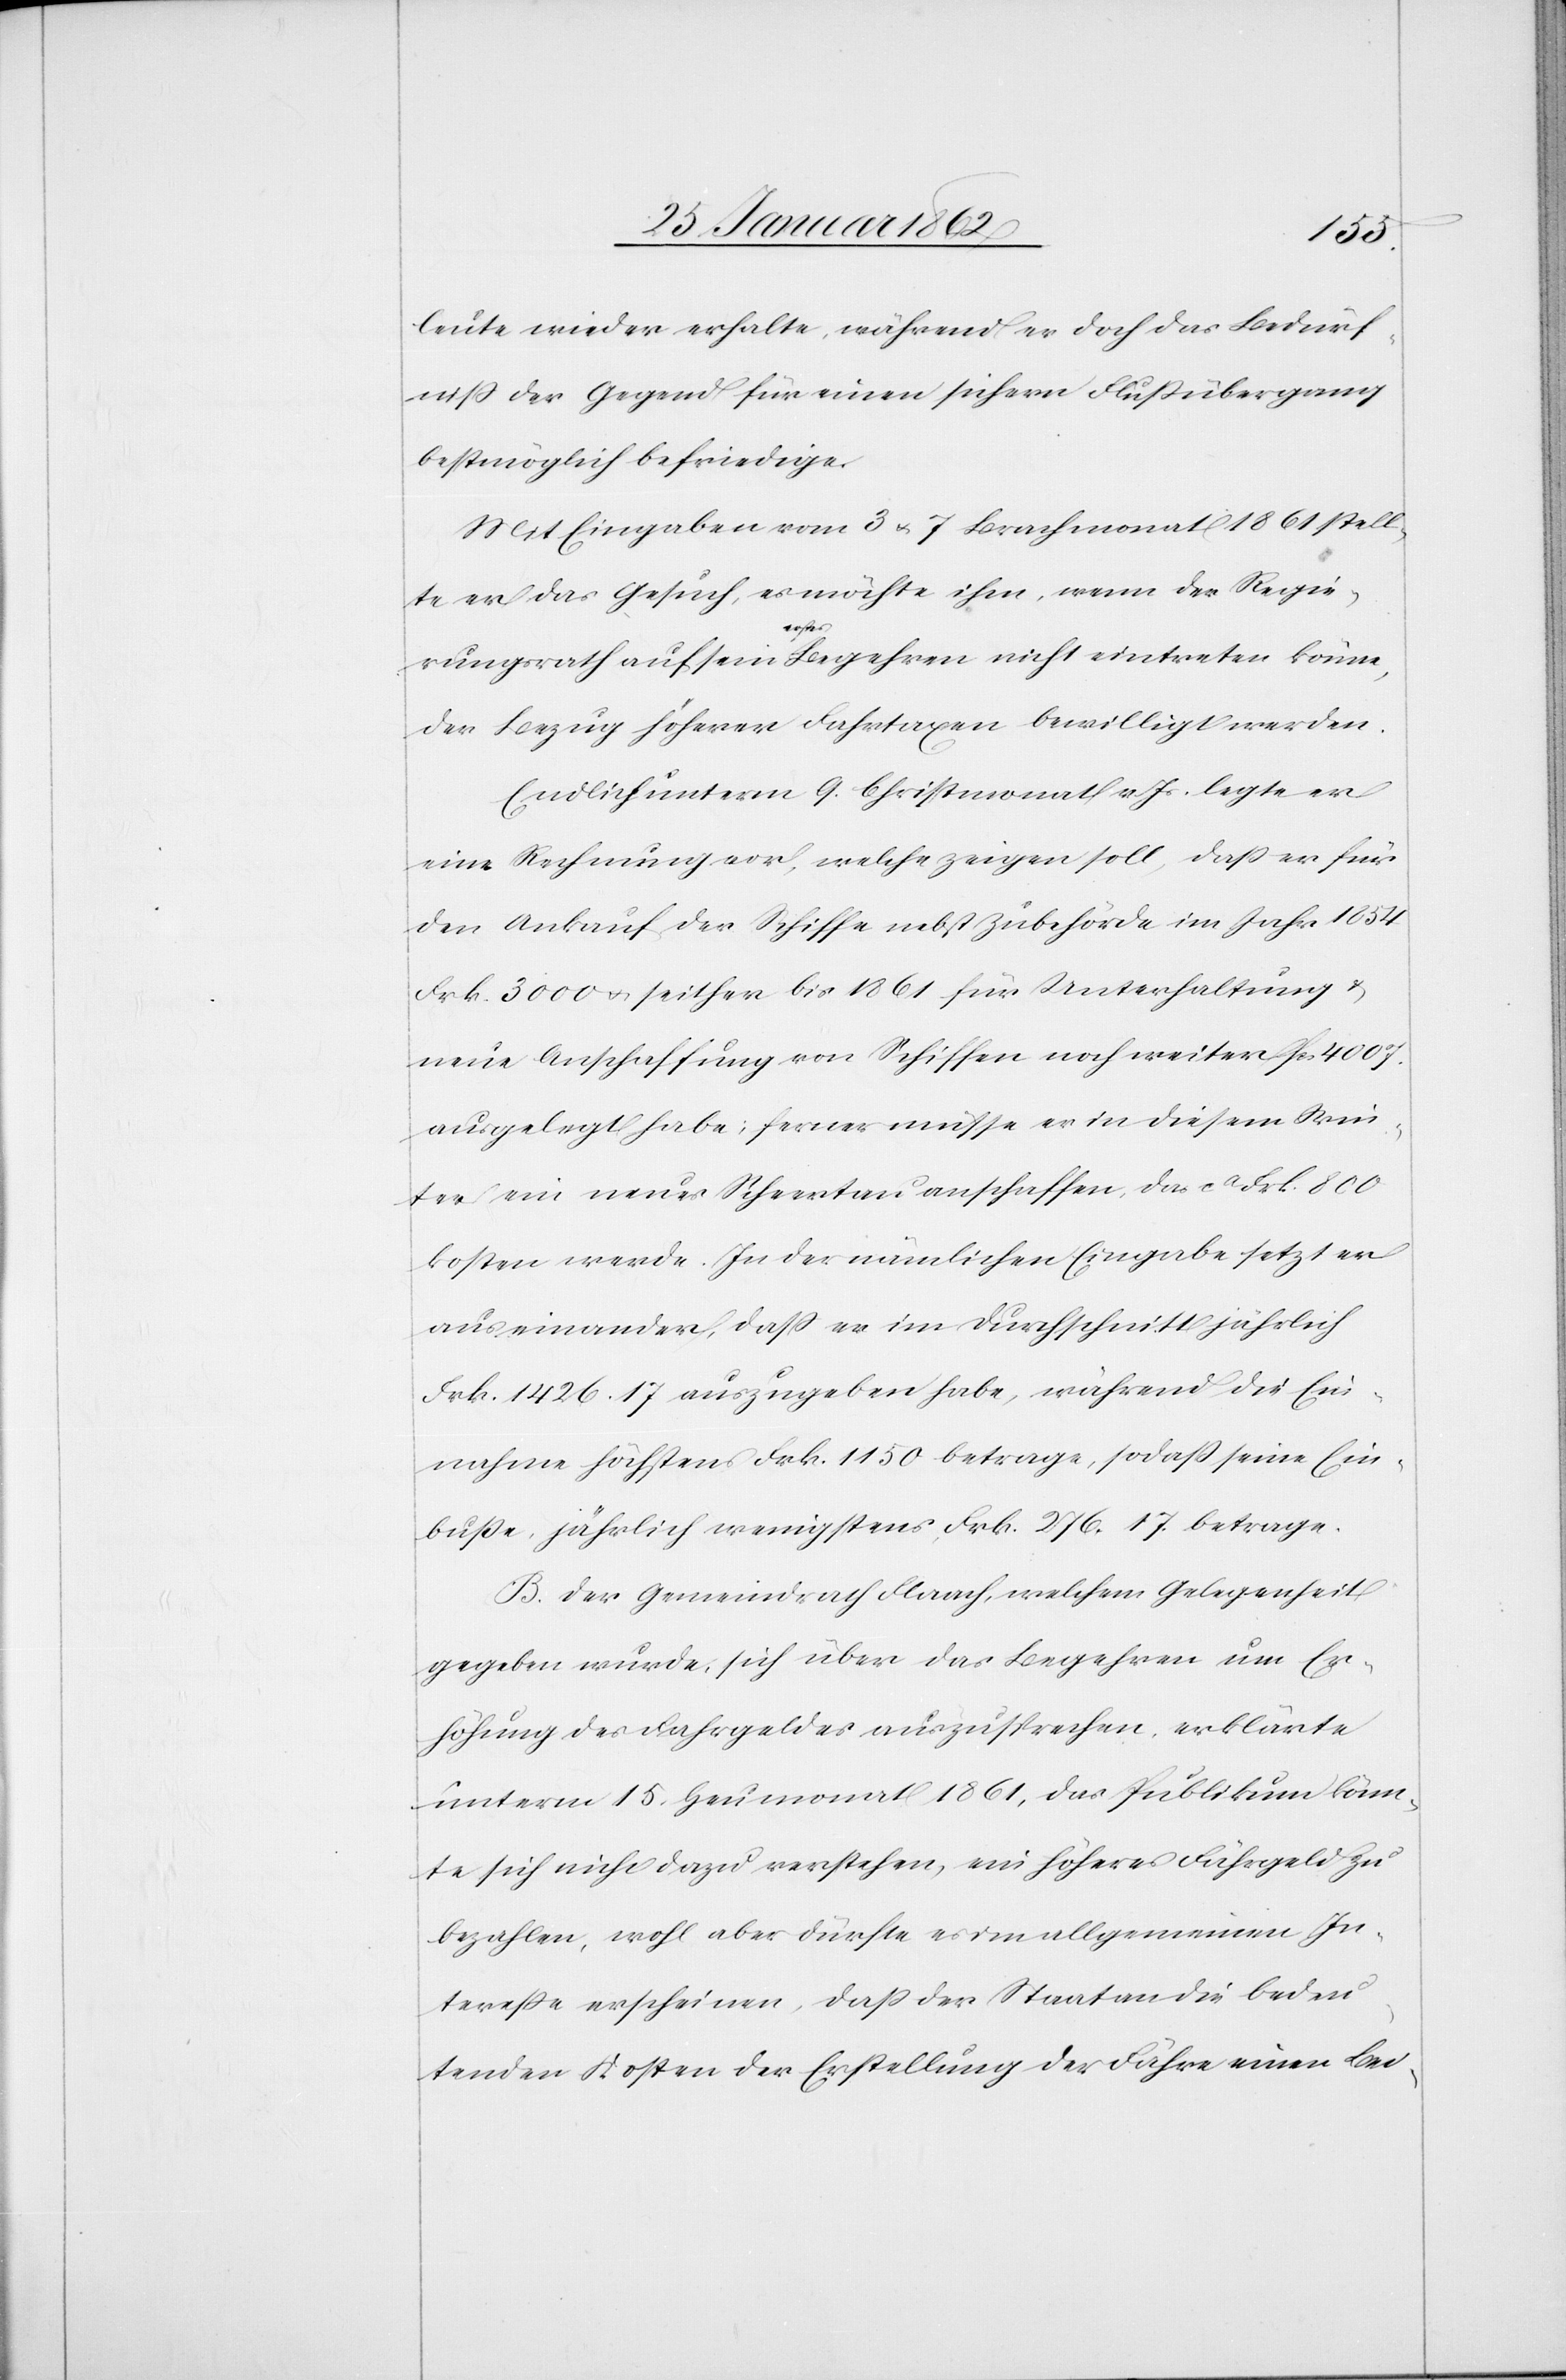
leute wieder erhalte, während er doch das Bedürf¬
niß der Gegend für einen sichern Flußübergang
bestmöglich befriedige.
Mit Eingaben vom 3 u. 7 Brachmonat 1861 stell¬
te er das Gesuch, es möchte ihm, wenn der Regie¬
rungsrath auf sein a-erstes-a Begehren nicht eintreten könne,
der Bezug höherer Fahrtaxen bewilligt werden.
Endlich unterm 9. Christmonat v. Js. legte er
eine Rechnung vor, welche zeigen soll, daß er für
den Ankauf der Schiffe nebst Zubehörde im Jahr 1854
Frk. 3000 u. seither bis 1861 für Unterhaltung u.
neue Anschaffung von Schiffen noch weiter fcs. 4007.
ausgelegt habe; ferner müsse er in diesem Win¬
ter ein neuses Scheertau anschaffen, das ca Frk. 800
kosten werde. In der nämlichen Eingabe setzt er
auseinander, daß er im Durchschnitt jährlich
Frk. 1426.17 auszugeben habe, während die Ein¬
nahme höchstens Frk. 1150 betrage, sodaß seine Ein¬
buße, jährlich wenigstens Frk. 276.17 betrage.
B. Der Gemeindrath Flaach, welchem Gelegenheit
gegeben wurde, sich über das Begehren um Er¬
höhung des Fahrgeldes auszusprechen, erklärte
unterm 15. Heumonat 1861, das Publikum könn¬
te sich nicht dazu verstehen, ein höheres Fährgeld zu
bezahlen, wohl aber dürfte es im allgemeinen In¬
tereße erscheinen, daß der Staat an die bedeu¬
tenden Kosten der Erstellung der Fähre einen Bei-